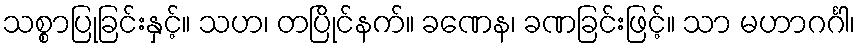
သစ္စာပြုခြင်းနှင့်။ သဟ၊ တပြိုင်နက်။ ခဏေန၊ ခဏခြင်းဖြင့်။ သာ မဟာဂင်္ဂါ၊